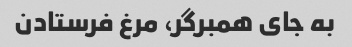
به جای همبرگر، مرغ فرستادن